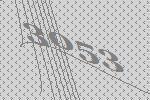
3053